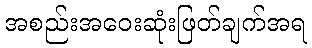
အစည်းအဝေးဆုံးဖြတ်ချက်အရ